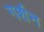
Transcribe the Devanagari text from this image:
गर्शन